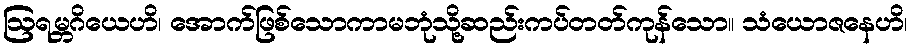
ဩရမ္ဘဂိယေဟိ၊ အောက်ဖြစ်သောကာမဘုံသို့ဆည်းကပ်တတ်ကုန်သော။ သံယောဇနေဟိ၊